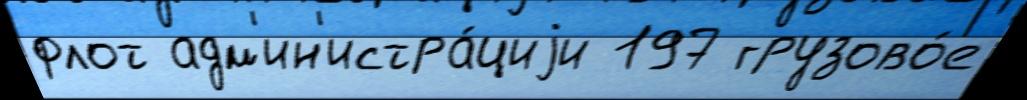
флот адм'ин'истра́циjи 197 грузово́е